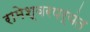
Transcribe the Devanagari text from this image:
रामेश्वरपर्यंत